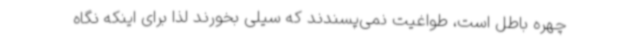
چهره باطل است، طواغیت نمی‌پسندند که سیلی بخورند لذا برای اینکه نگاه